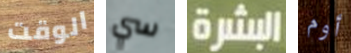
الوقت سي البشرة أوم